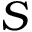
S